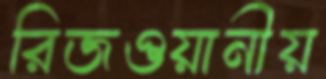
রিজওয়ানীয়